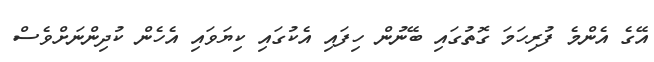
އޭގެ އެންމެ ފުރިހަމަ ގޮތުގައި ބޭނުން ހިފައި އެކުގައި ކިޔަވައި އެހެން ކުދިންނަށްވެސް